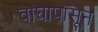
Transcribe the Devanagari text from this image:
वाघापासून